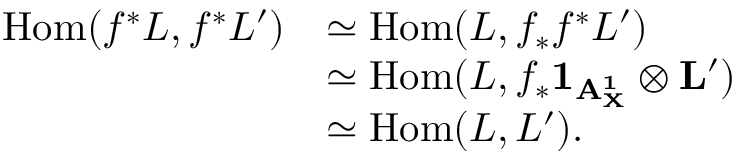
\begin{array} { r l } { \mathrm { H o m } ( f ^ { * } L , f ^ { * } L ^ { \prime } ) } & { \simeq \mathrm { H o m } ( L , f _ { * } f ^ { * } L ^ { \prime } ) } \\ & { \simeq \mathrm { H o m } ( L , f _ { * } \bf { 1 } _ { \bf { A } _ { X } ^ { 1 } } \otimes L ^ { \prime } ) } \\ & { \simeq \mathrm { H o m } ( L , L ^ { \prime } ) . } \end{array}